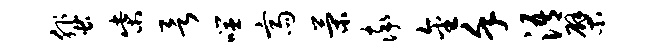
蜚柴欲噬斋策率金堇浯檗